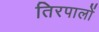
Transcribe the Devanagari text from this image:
तिरपालों